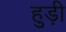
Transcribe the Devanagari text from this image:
हुड़ी